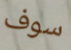
سوف